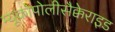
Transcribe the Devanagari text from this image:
म्यूकोपोलीसैक्केराइड